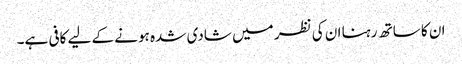
ان کا ساتھ رہنا ان کی نظر میں شادی شدہ ہونے کے لیے کافی ہے۔